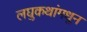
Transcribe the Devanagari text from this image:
लघुकथांमधून